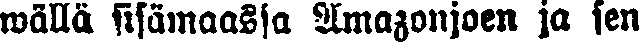
wällä sisämaassa Amazonjoen ja sen